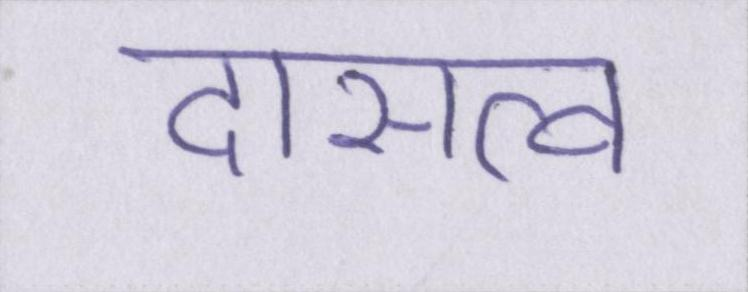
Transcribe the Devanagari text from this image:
दासत्व